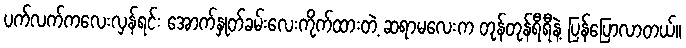
ပက်လက်ကလေးလှန်ရင်း အောက်နှုတ်ခမ်းလေးကိုက်ထားတဲ့ ဆရာမလေးက တုန်တုန်ရီရီနဲ့ ပြန်ပြောလာတယ်။